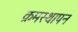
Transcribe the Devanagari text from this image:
क्रमस्थापन